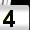
Digit: 4